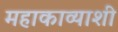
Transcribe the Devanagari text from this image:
महाकाव्याशी